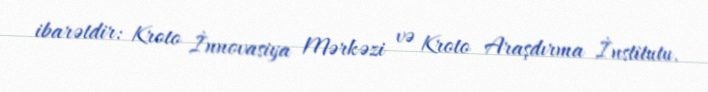
ibarətdir: Kroto İnnovasiya Mərkəzi və Kroto Araşdırma İnstitutu.